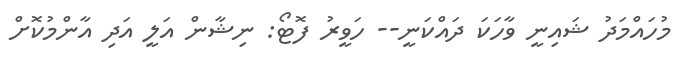
މުހައްމަދު ޝައިނީ ވާހަކަ ދައްކަނީ-- ހަވީރު ފޮޓޯ: ނިޝާން އަލީ އަދި އާންމުކޮށް